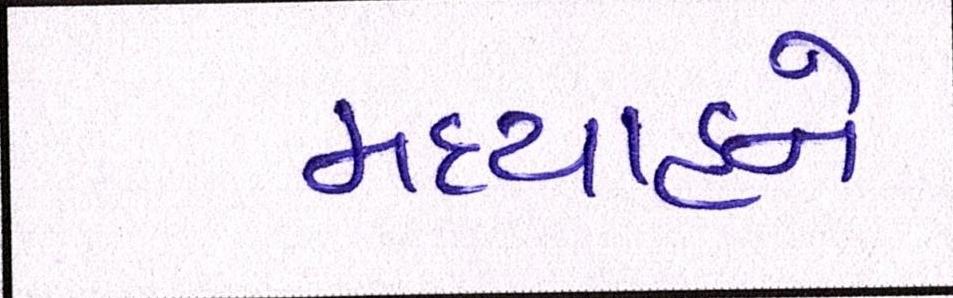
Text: મધ્યાહ્ને